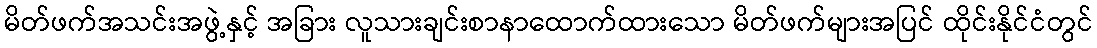
မိတ်ဖက်အသင်းအဖွဲ့နှင့် အခြား လူသားချင်းစာနာထောက်ထားသော မိတ်ဖက်များအပြင် ထိုင်းနိုင်ငံတွင်